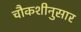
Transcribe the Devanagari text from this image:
चौकशीनुसार